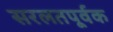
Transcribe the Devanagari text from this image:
सरलतपूर्वक